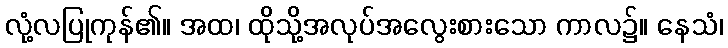
လုံ့လပြုကုန်၏။ အထ၊ ထိုသို့အလုပ်အလွေးစားသော ကာလ၌။ နေသံ၊